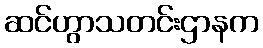
ဆင်ဟွာသတင်းဌာနက